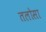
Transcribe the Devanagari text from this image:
तलोसा